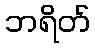
ဘရိတ်